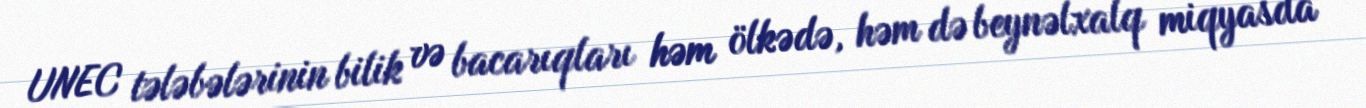
UNEC tələbələrinin bilik və bacarıqları həm ölkədə, həm də beynəlxalq miqyasda